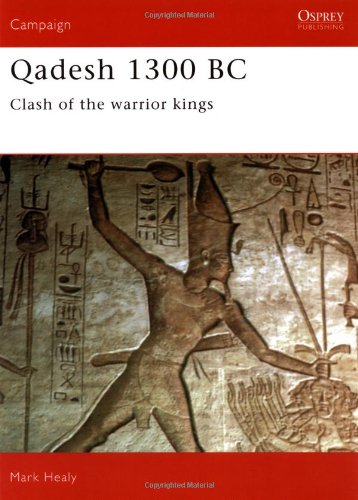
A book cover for Qadesh 1300 BC: Clash of the Warrior Kings (Osprey Military Campaign Series); Mark Healy; History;